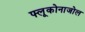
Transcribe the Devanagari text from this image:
फ्लूकोनाजोल